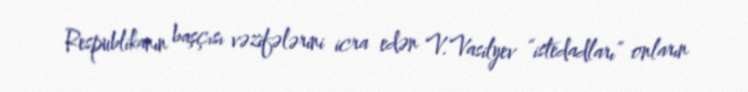
Respublikanın başçısı vəzifələrini icra edən V.Vasilyev “istedadları” onların